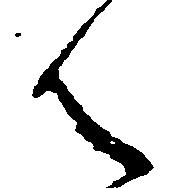
ん